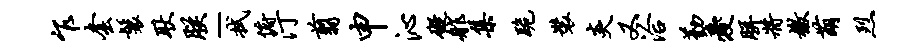
乍套鬟耿朕-拭俯汀翦申沁碍舴集跪装炎又洽勤爱胼将檄萌烈